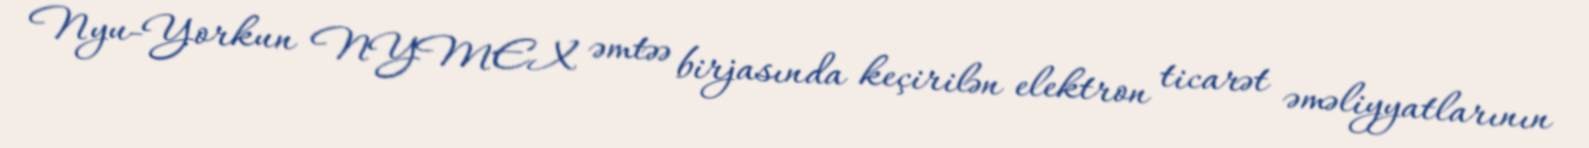
Nyu-Yorkun NYMEX əmtəə birjasında keçirilən elektron ticarət əməliyyatlarının